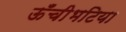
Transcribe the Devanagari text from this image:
ऊँचीभटिया